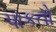
પાકતો